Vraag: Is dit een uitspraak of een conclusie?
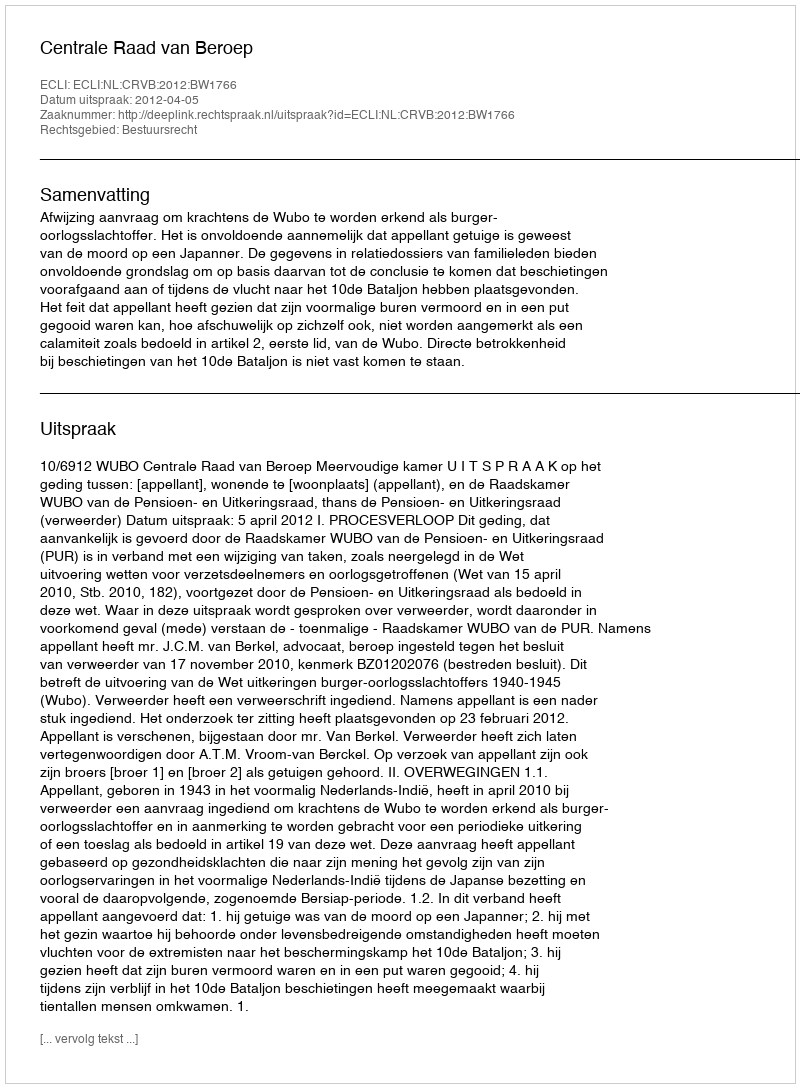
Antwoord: Uitspraak